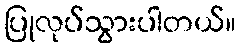
ပြုလုပ်သွားပါတယ်။